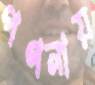
গণনায়